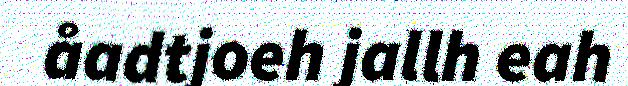
åadtjoeh jallh eah